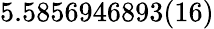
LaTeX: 5.5856946893(16)